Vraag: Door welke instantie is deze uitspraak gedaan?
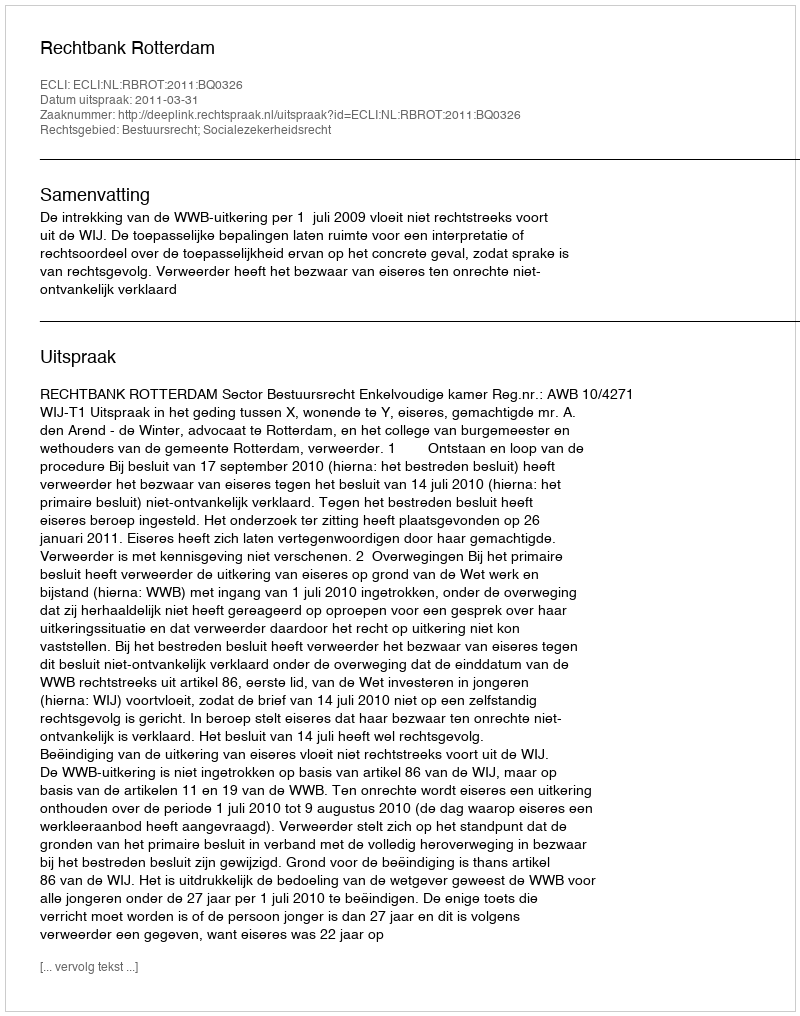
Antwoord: Rechtbank Rotterdam